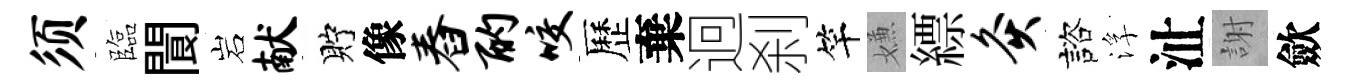
须臨閬岩献貯像舂酌咬歷棄迥刹竿嫌縹灸諮浮沚謝歛